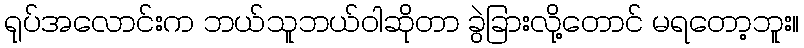
ရုပ်အလောင်းက ဘယ်သူဘယ်ဝါဆိုတာ ခွဲခြားလို့တောင် မရတော့ဘူး။